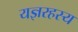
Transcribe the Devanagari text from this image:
यज्ञरहस्य